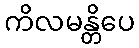
ကိလမန္တိပေ